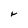
Character: r